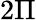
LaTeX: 2\Pi